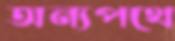
অন্যপথে